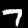
Label: 7